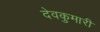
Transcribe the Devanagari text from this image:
देवकुमारी